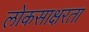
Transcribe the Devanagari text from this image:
लोकसाक्षरता